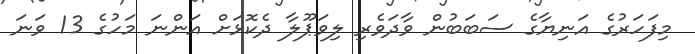
މިފަހަރުގެ އަނިޔާގެ ސަބަބުން ވާދަވެރި ލިވަޕޫލާ ދެކޮޅަށް އަންނަ މަހުގެ 13 ވަނަ